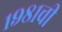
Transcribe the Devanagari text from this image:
१९८१ची